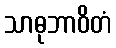
သာဓုဘာဝိတံ